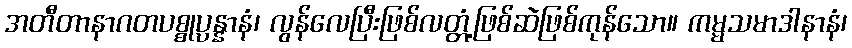
အတီတာနာဂတပစ္စုပ္ပန္နာနံ၊ လွန်လေပြီးဖြစ်လတ္တံ့ဖြစ်ဆဲဖြစ်ကုန်သော။ ကမ္မသမာဒါနာနံ၊